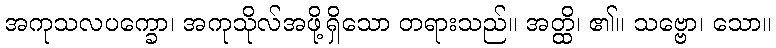
အကုသလပက္ခော၊ အကုသိုလ်အဖို့ရှိသော တရားသည်။ အတ္ထိ၊ ၏။ သဗ္ဗော၊ သော။